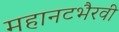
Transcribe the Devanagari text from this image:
महानटभैरवी